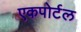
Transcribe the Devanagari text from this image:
एकपोर्टल